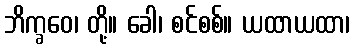
ဘိက္ခဝေ၊ တို့။ ခေါ၊ စင်စစ်။ ယထာယထာ၊